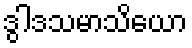
ဒွါဒသမာသိယော